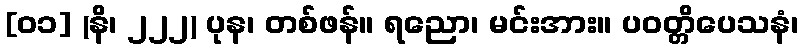
[၀၁] (နိ၊ ၂၂၂) ပုန၊ တစ်ဖန်။ ရညော၊ မင်းအား။ ပဝတ္တိပေသနံ၊